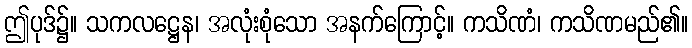
ဤပုဒ်၌။ သကလဋ္ဌေန၊ အလုံးစုံသော အနက်ကြောင့်။ ကသိဏံ၊ ကသိဏမည်၏။